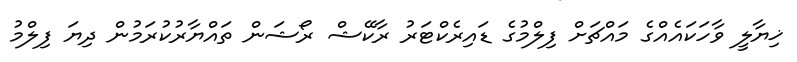
ޚިޔާލީ ވާހަކައެއްގެ މައްޗަށް ފިލްމުގެ ޑައިރެކްޓަރު ރާކޭޝް ރޯޝަން ތައްޔާރުކުރަމުން ދިޔަ ފިލްމު